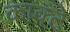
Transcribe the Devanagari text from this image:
काक्टे